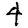
Digit: 4